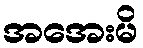
အအေးမိ